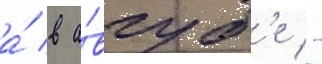
а́ в а́вгуст'е -